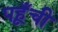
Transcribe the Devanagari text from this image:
पहूँची